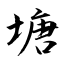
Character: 塘